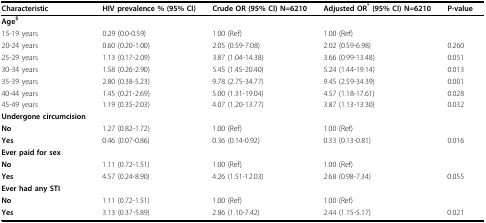
<table><thead><tr><td><b>Characteristic</b></td><td><b>HIV prevalence % (95% CI)</b></td><td><b>Crude OR (95% CI) N=6210</b></td><td><b>Adjusted OR<sup>*</sup> (95% CI) N=6210</b></td><td><b>P-value</b></td></tr></thead><tbody><tr><td><b>Age<sup>$</sup></b></td><td></td><td></td><td></td><td></td></tr><tr><td>15-19 years</td><td>0.29 (0.0-0.59)</td><td>1.00 (Ref)</td><td>1.00 (Ref)</td><td></td></tr><tr><td>20-24 years</td><td>0.60 (0.20-1.00)</td><td>2.05 (0.59-7.08)</td><td>2.02 (0.59-6.98)</td><td>0.260</td></tr><tr><td>25-29 years</td><td>1.13 (0.17-2.09)</td><td>3.87 (1.04-14.38)</td><td>3.66 (0.99-13.48)</td><td>0.051</td></tr><tr><td>30-34 years</td><td>1.58 (0.26-2.90)</td><td>5.45 (1.45-20.40)</td><td>5.24 (1.44-19.14)</td><td>0.013</td></tr><tr><td>35-39 years</td><td>2.80 (0.38-5.23)</td><td>9.78 (2.75-34.77)</td><td>9.45 (2.59-34.39)</td><td>0.001</td></tr><tr><td>40-44 years</td><td>1.45 (0.21-2.69)</td><td>5.00 (1.31-19.04)</td><td>4.57 (1.18-17.61)</td><td>0.028</td></tr><tr><td>45-49 years</td><td>1.19 (0.35-2.03)</td><td>4.07 (1.20-13.77)</td><td>3.87 (1.13-13.30)</td><td>0.032</td></tr><tr><td><b>Undergone circumcision</b></td><td></td><td></td><td></td><td></td></tr><tr><td><b>No</b></td><td>1.27 (0.82-1.72)</td><td>1.00 (Ref)</td><td>1.00 (Ref)</td><td></td></tr><tr><td><b>Yes</b></td><td>0.46 (0.07-0.86)</td><td>0.36 (0.14-0.92)</td><td>0.33 (0.13-0.81)</td><td>0.016</td></tr><tr><td><b>Ever paid for sex</b></td><td></td><td></td><td></td><td></td></tr><tr><td><b>No</b></td><td>1.11 (0.72-1.51)</td><td>1.00 (Ref)</td><td>1.00 (Ref)</td><td></td></tr><tr><td><b>Yes</b></td><td>4.57 (0.24-8.90)</td><td>4.26 (1.51-12.03)</td><td>2.68 (0.98-7.34)</td><td>0.055</td></tr><tr><td><b>Ever had any STI</b></td><td></td><td></td><td></td><td></td></tr><tr><td><b>No</b></td><td>1.11 (0.72-1.51)</td><td>1.00 (Ref)</td><td>1.00 (Ref)</td><td></td></tr><tr><td><b>Yes</b></td><td>3.13 (0.37-5.89)</td><td>2.86 (1.10-7.42)</td><td>2.44 (1.15-5.17)</td><td>0.021</td></tr></tbody></table>